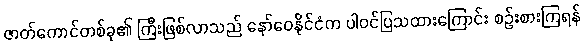
ဇာတ်ကောင်တစ်ခု၏ ကြီးဖြစ်လာသည် နော်ဝေနိုင်ငံက ပါဝင်ပြသထားကြောင်း စဉ်းစားကြရန်